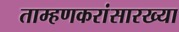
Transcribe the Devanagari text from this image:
ताम्हणकरांसारख्या